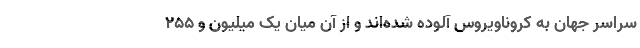
سراسر جهان به کروناویروس آلوده شده‌اند و از آن میان یک میلیون و ۲۵۵